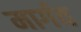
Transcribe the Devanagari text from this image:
मार्गव